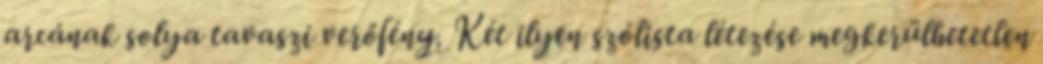
arcának solya tavaszi verőfény. Két ilyen szólista létezése megkerülhetetlen